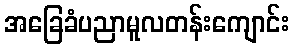
အခြေခံပညာမူလတန်းကျောင်း